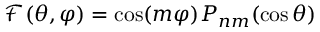
\mathcal { F } ( \theta , \varphi ) = \cos ( m \varphi ) P _ { n m } ( \cos \theta )